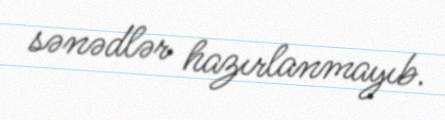
sənədlər hazırlanmayıb.